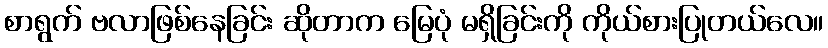
စာရွက် ဗလာဖြစ်နေခြင်း ဆိုတာက မြေပုံ မရှိခြင်းကို ကိုယ်စားပြုတယ်လေ။